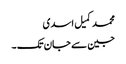
محمد کمیل اسدی
جین سے جان تک ۔